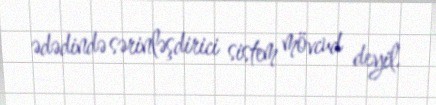
ədədində sərinləşdirici sistem mövcud deyil.